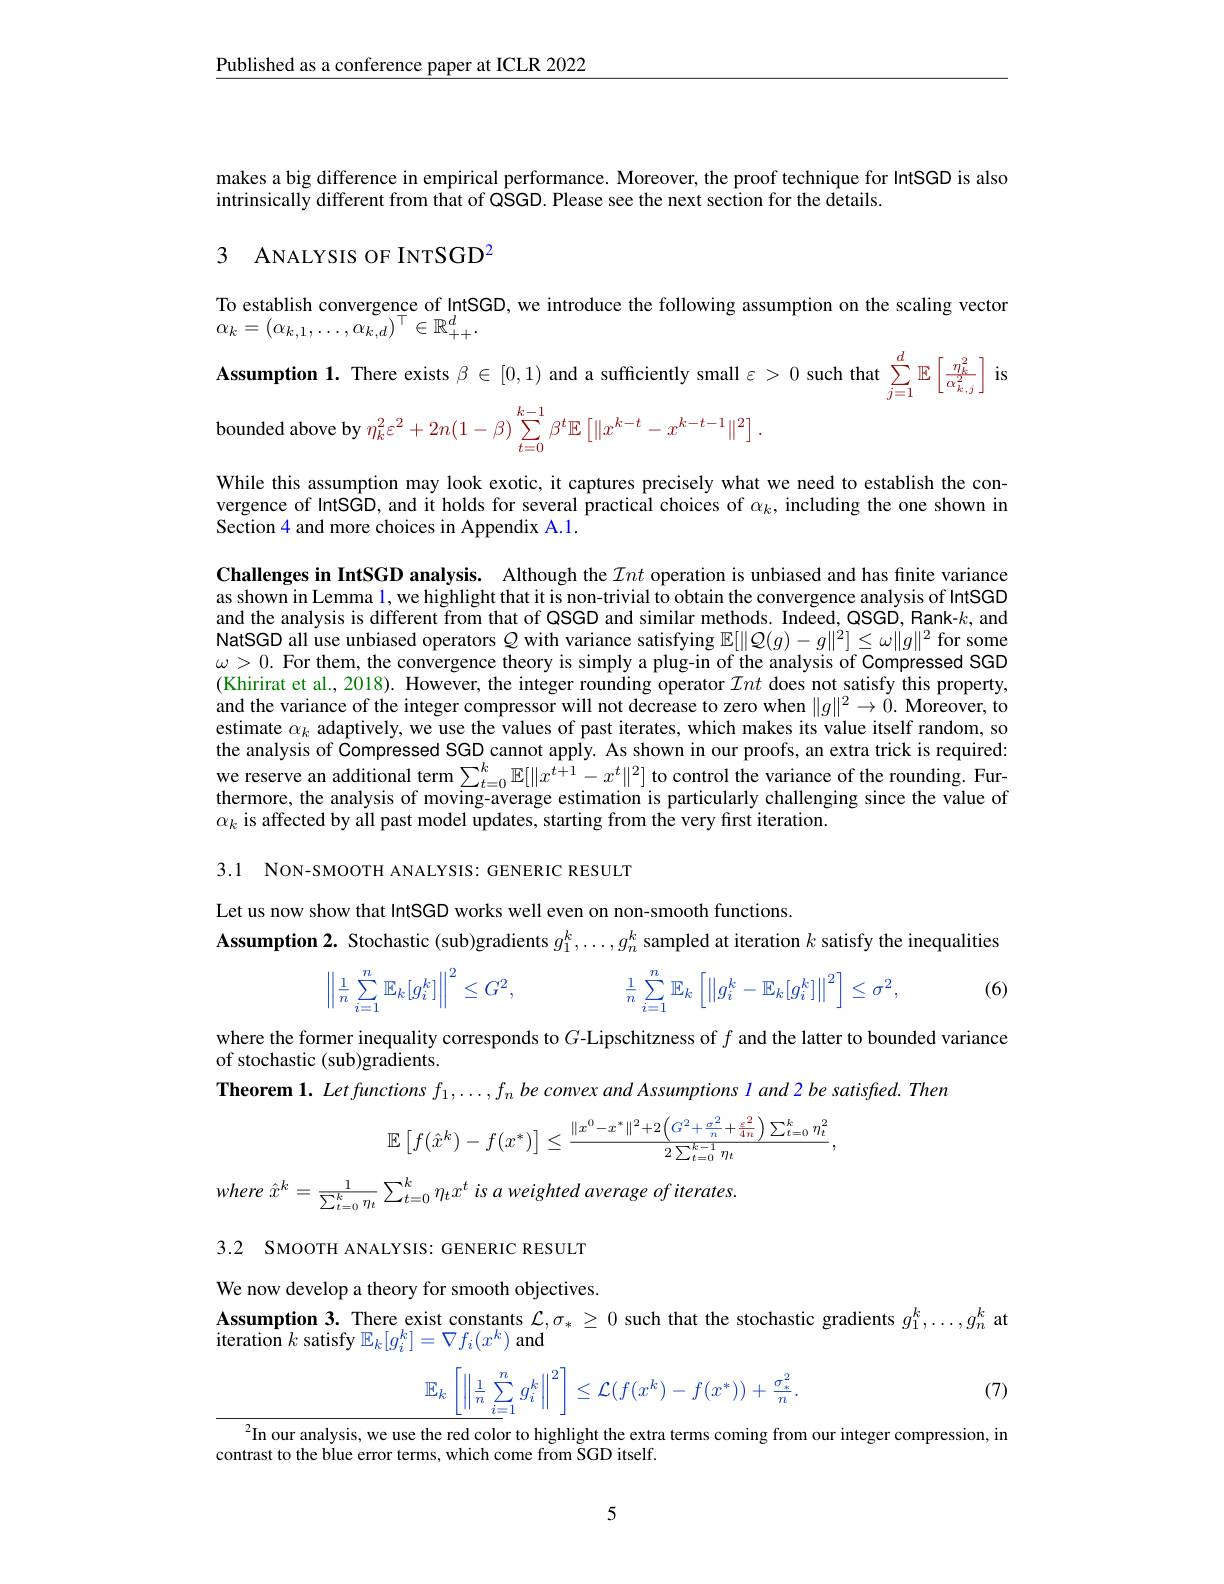
Published as a conference paper at ICLR 2022

makes a big difference in empirical performance. Moreover, the proof technique for IntSGD is also
intrinsically different from that of QSGD. Please see the next section for the details

# 3 ANALYSIS OF INTSGD2

To establish convergence of IntSGD, we introduce the following assumption on the scaling vector
$\alpha_{k}=(\alpha_{k,1},\ldots,\alpha_{k,d})^{\top}\in\mathbb{R}_{++}^{d}.$

Assumption 1. There exists $\beta\in[0,1)$ and a sufficiently small $\varepsilon>0$ such that $\sum_j=1^{d}\mathbb{E}\left[\frac{\eta_{k}^{2}}{\alpha_{k,j}^{2}}\right]$ is
ounded above by $\eta_{k}^{2}\varepsilon^{2}+2n(1-\beta)\sum_{t=0}^{k-1}\beta^{t}\mathbb{E}\left[\|x^{k-t}-x^{k-t-1}\|^{2}\right].$

While this assumption may look exotic, it captures precisely what we need to establish the convergence of IntSGD, and it holds for several practical choices of $\alpha_k$, including the one shown in Section 4 and more choices in Appendix A.1.

Challenges in IntSGD analysis. Although the $\mathcal{I}nt$ operation is unbiased and has finite variance as shown in Lemma l, we highlight that it is non-trivial to obtain the convergence analysis of IntSGD and the analysis is different from that of QSGD and similar methods. Indeed, QSGD, Rank-$k$, and NatSGD all use unbiased operators $Q$ with variance satisfying $\mathbb{E}[\|\mathcal{Q}(g)-g\|^2]\leq\omega\|g\|^2$ for some $\omega>0.$ For them, the convergence theory is simply a plug-in of the analysis of Compressed SGD (Khirirat et al., 2018). However, the integer rounding operator $\mathcal{I}nt$ does not satisfy this property, and the variance of the integer compressor will not decrease to zero when $\|g\|^2\to\dot{0}.$ Moreover, to estimate $\alpha_k$ adaptively, we use the values of past iterates, which makes its value itself random, so the analysis of Compressed SGD cannot apply. As shown in our proofs, an extra trick is required: $we$ reserve an additional term$\sum_t=0^k\mathbb{E}[\|x^{t+1}-x^t\|^2]$ to control the variance of the rounding. Furthermore, the analysis of moving-average estimation is particularly challenging since the value of $\alpha_k$ is affected by all past model updates, starting from the very first iteration.

3.1 NON-SMOOTH ANALYSIS: GENERIC RESULT

Let us now show that IntSGD works well even on non-smooth functions.
Assumption 2. Stochastic (sub)gradients $g_1^k,\ldots,g_n^k$ sampled at iteration $k$ satisfy the inequalities
$$\left\|\frac{1}{n}\sum\limits_{i=1}^n\mathbb{E}_k[g_i^k]\right\|^2\leq G^2,\quad\frac{1}{n}\sum\limits_{i=1}^n\mathbb{E}_k\left[\left\|g_i^k-\mathbb{E}_k[g_i^k]\right\|^2\right]\leq\sigma^2,$$
(6)

where the former inequality corresponds to $G$-Lipschitzness of $f$ and the latter to bounded variance
of stochastic (sub)gradients.
Theorem $1. \textit{ Let functions }f_1, \ldots , f_n\textit{ be convex and Assumptions l and 2 be satisfied.  Thentis }$
$$\mathbb{E}\left[f(\hat{x}^k)-f(x^*)\right]\leq\frac{\|x^0-x^*\|^2+2\left(G^2+\frac{\sigma^2}{n}+\frac{\varepsilon^2}{4n}\right)\sum_{t=0}^k\eta_t^2}{2\sum_{t=0}^{k-1}\eta_t},$$
where $\hat{x} ^{k}= \frac 1{\sum _{t= 0}^{k}\eta _{t}}\sum _{t= 0}^{k}\eta _{t}x^{t}$ $is$ $a$ weighted average $of$ $iterates.$

3.2 SMOOTH ANALYSIS: GENERIC RESULT

We now develop a theory for smooth objectives.
Assumption 3. There exist constants $\mathcal{L},\sigma_*\geq0$ such that the stochastic gradients $g_1^k,\ldots,g_n^k$ at
${\dot{\text{iteration }}k}$ satisfy $\mathbb E_k[g_i^k]=\nabla f_i(x^k)$ and
$$\mathbb{E}_{k}\left[\left\|\frac{1}{n}\sum_{i=1}^{n}g_{i}^{k}\right\|^{2}\right]\leq\mathcal{L}(f(x^{k})-f(x^{*}))+\frac{\sigma_{*}^{2}}{n}.$$
(7)

$^2$In our analysis, we use the red color to highlight the extra terms coming from our integer compression, in
contrast to the blue error terms, which come from SGD itself

5